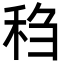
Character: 𫀬